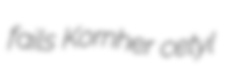
fails Kornher cetyl